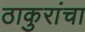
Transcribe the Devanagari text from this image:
ठाकुरांचा